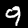
Label: 9